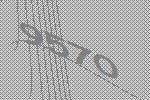
9570